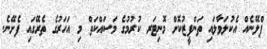
ޕްލޭނެއް އެކުލަވާލައި ތަންފީޒުކޮށް މޮނިޓަރ ކުރުމުގެ މަސައްކަތް މި އަހަރުގެ ތެރޭގައި ފެށޭނެ.